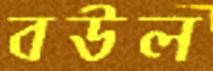
বউল